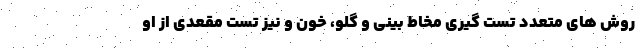
روش های متعدد تست گیری مخاط بینی و گلو، خون و نیز تست مقعدی از او